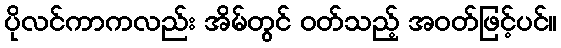
ပိုလင်ကာကလည်း အိမ်တွင် ဝတ်သည့် အဝတ်ဖြင့်ပင်။